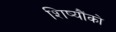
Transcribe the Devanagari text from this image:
शिष्यौंको